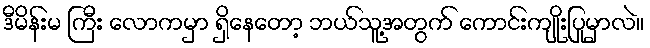
ဒီမိန်းမ ကြီး လောကမှာ ရှိနေတော့ ဘယ်သူ့အတွက် ကောင်းကျိုးပြုမှာလဲ။